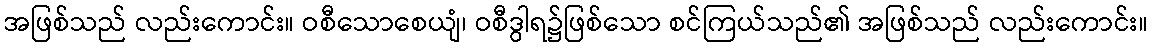
အဖြစ်သည် လည်းကောင်း။ ဝစီသောစေယျံ၊ ဝစီဒွါရ၌ဖြစ်သော စင်ကြယ်သည်၏ အဖြစ်သည် လည်းကောင်း။